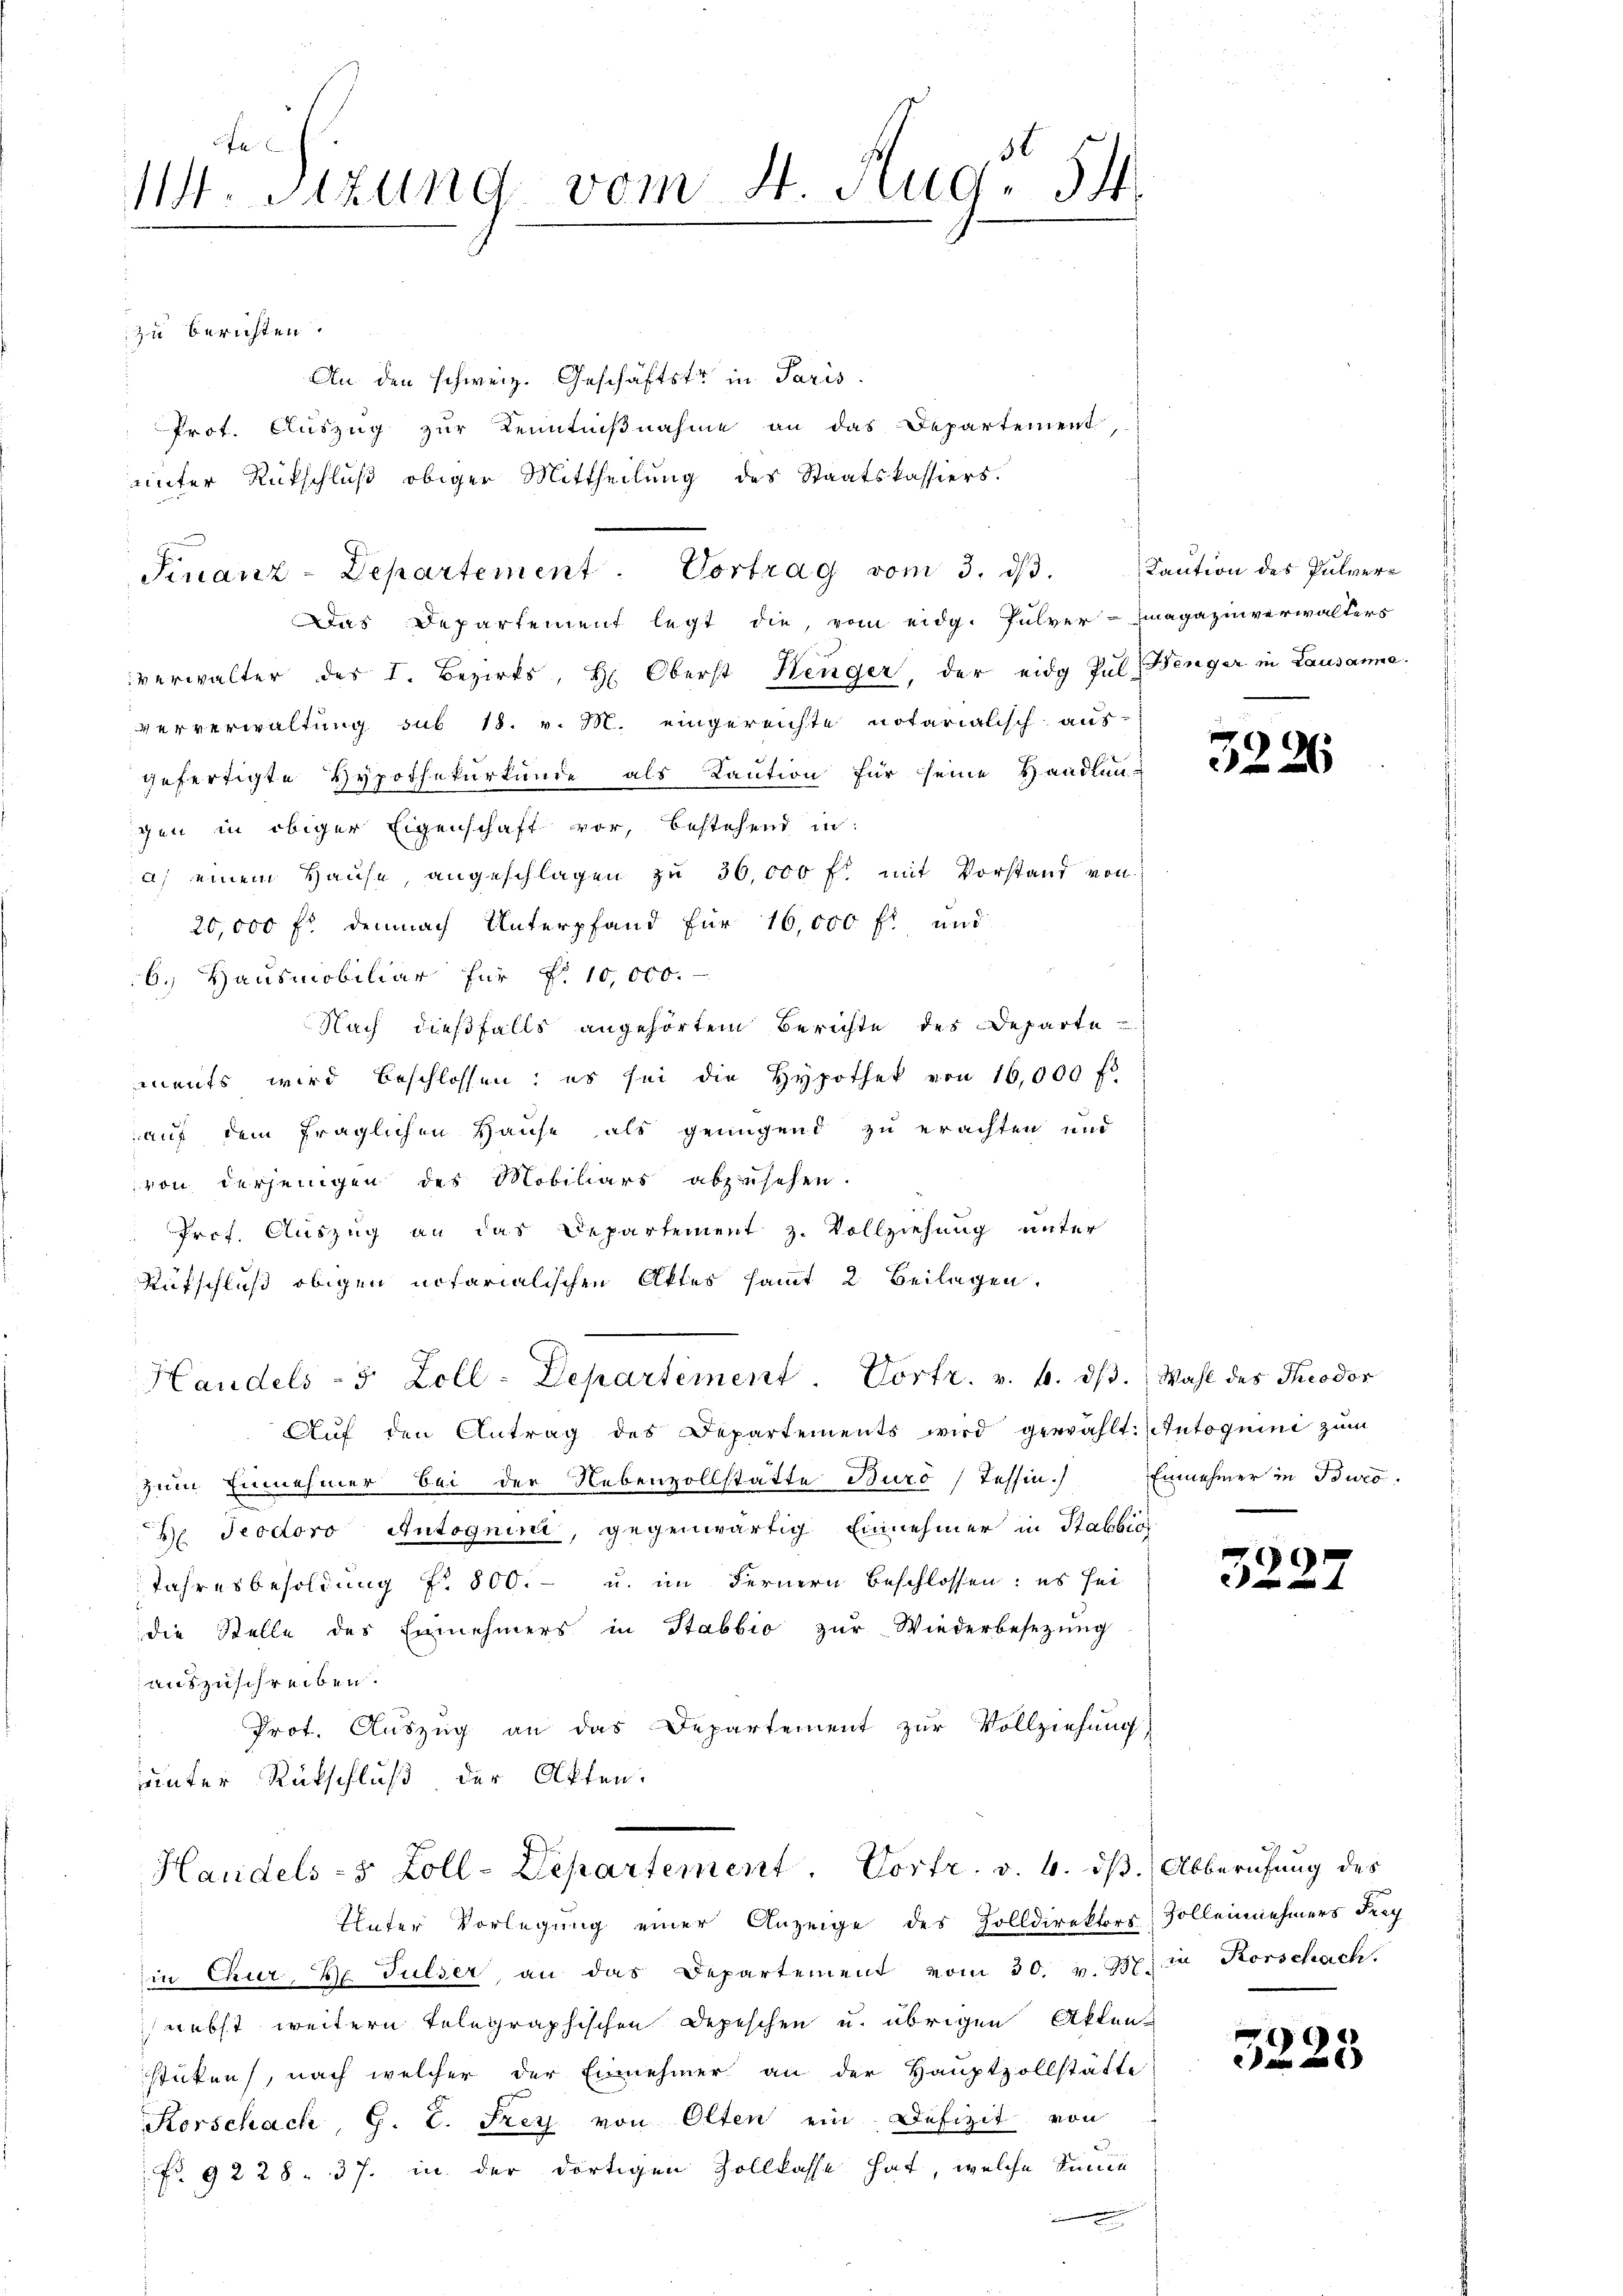
fe
M. Sitzung vom 4. Aug. 54.

zu berichten.
An den schweiz. Geschäftstr in Paris.
Prot. Auszug zur Kenntnißnahme an das Departement,
unter Rückschluß obiger Mittheilung des Staatskassiers.
Das Departement legt die, vom eidg. Pulvermagazinverwalters
verwalter des I. Bezirks, Hr. Oberst Henger, der eidg Pul Benger in Lausanne.
ververwaltung sub 18. v. M. eingereichte notarialisch aus
gefertigte Hypothekurkunde als Kaution für seine Handlun-
gen in obiger Eigenschaft vor, bestehend in:
a) einem Hause, angeschlagen zŭ 36,000 fl mit Vorstand von
 20,000 fl. demnach Unterpfand für 16,000 fl und
6.) Hausmobiliar für P. 10,000.
Nach dießfalls angehörtem Berichte des Departe
ments wird beschlossen; es sei die Hypothek von 16,000 fl
auf dem fraglichen Hause als genügend zu erachten und
von derjenigen des Mobiliars abzusehen.
Prof. Auszug an das Departement z. Vollziehung unter
Aufschluß obigen notarialischen Aktes sammt 2 Beilagen.
Handels- 5 Zoll-Departement. Vortr. v. 4. dβ. Wahl des Theodor
Aŭf den Antrag des Departements wird gewählt: (Tutoguini zum
zum Einnehmer bei der Nebenvollstatte Buro Tessin.)
H Teodoro Autognina, gegenwärtig Einnehmer in Stabbia
Jahresbesoldung Nr. 800.- u. im Fernern beschlossen: es sei
die Stelle des Einnehmers in Stabbio zur Wiederbesezung
auszuschreiben.
Prot. Auszug an das Departement zur Vollziehung)
unter Rückschluß, der Akten.
Handels- & Zoll-Departement. Vortr. v. 4. ds. Abberufung des
Unter Vorlegung einer Anzeige des Zolldirektors Sollennehmers durch
in Chur, Hr. Fulser, an das Departement vom 30. v. 337. in Korschach.
nebst weitern telegraphischen Depeschen u. übrigen Akten
sticken, nach welcher der Einnehmer an der Hauptzollstätte
Korschach, G. L. Frey von Olten ein Defizit von
No 9228. 37. in der dortigen Zollkasse hat, welche Sinnen

Finanz-Departement. Vortrag vom 3. d.

Kaution des Pulver¬

3226

Einnehmer in Turo.

3227

5223